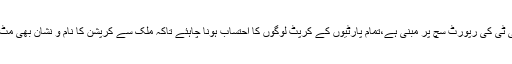
جے آئی ٹی کی رپورٹ سچ پر مبنی ہے،تمام پارٹیوں کے کرپٹ لوگوں کا احتساب ہونا چاہئے تاکہ ملک سے کرپشن کا نام و نشان بھی مٹ جائے۔